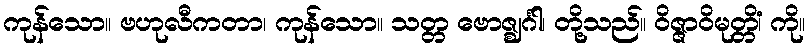
ကုန်သော။ ဗဟုလီကတာ၊ ကုန်သော။ သတ္တ ဗောဇ္ဈင်္ဂါ၊ တို့သည်။ ဝိဇ္ဇာဝိမုတ္တိံ၊ ကို။